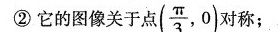
②它的图象关于点（\frac{\pi}{3},0）对称；